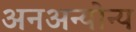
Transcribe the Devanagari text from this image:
अनअन्‍योन्‍य